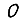
Digit: 0